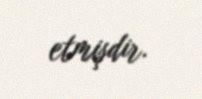
etmişdir.